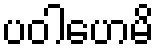
ပဝါဟေမိ